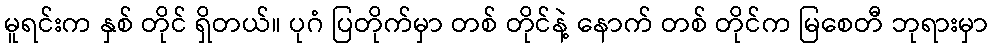
မူရင်းက နှစ် တိုင် ရှိတယ်။ ပုဂံ ပြတိုက်မှာ တစ် တိုင်နဲ့ နောက် တစ် တိုင်က မြစေတီ ဘုရားမှာ